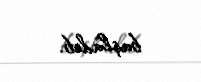
başladıb.